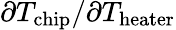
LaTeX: \partial T_{\mathrm{chip}}/\partial T_{\mathrm{heater}}